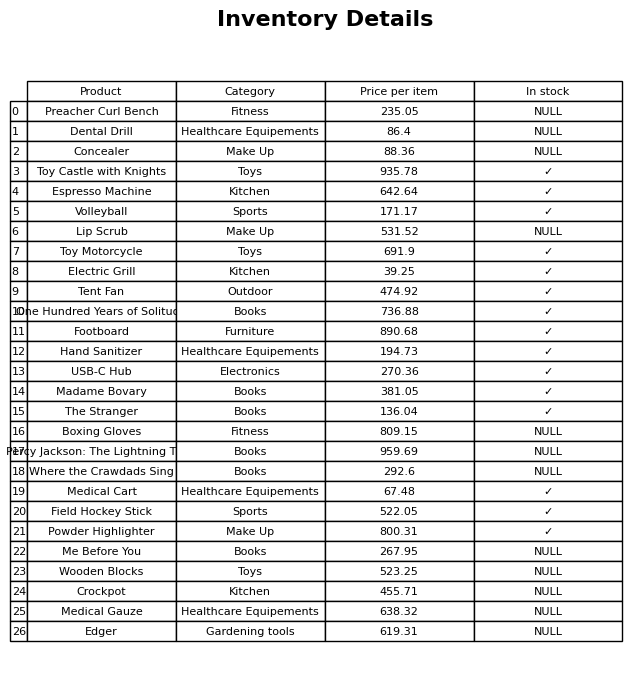
question: What is the stock status of the Field Hockey Stick?
answer: ✓